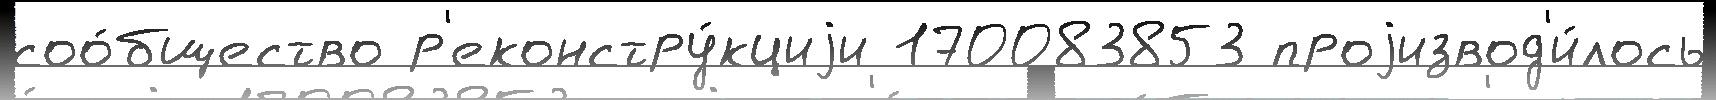
соо́бщество р'еконстру́кциjи 170083853 проjизвод'и́лось